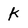
Character: K